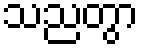
သညတွာ